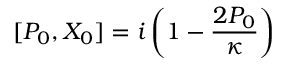
[ P _ { 0 } , X _ { 0 } ] = i \left( 1 - \frac { 2 P _ { 0 } } \kappa \right)